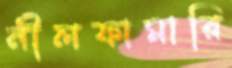
নীলফামারি